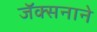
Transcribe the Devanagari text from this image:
जॅक्सनाने